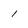
Character: 1